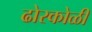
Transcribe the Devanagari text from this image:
ढोरकोळी